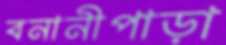
বনানীপাড়া